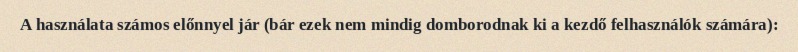
A használata számos előnnyel jár (bár ezek nem mindig domborodnak ki a kezdő felhasználók számára):